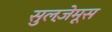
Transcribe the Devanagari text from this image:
सुलज़ेमूस